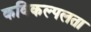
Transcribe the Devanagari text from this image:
कविकल्पलता